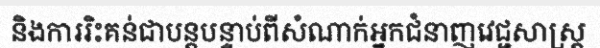
និងការរិះគន់ជាបន្តបន្ទាប់ពីសំណាក់អ្នកជំនាញវេជ្ជសាស្ត្រ